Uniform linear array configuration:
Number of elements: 32
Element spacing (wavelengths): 1
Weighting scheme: hann
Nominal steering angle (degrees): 15
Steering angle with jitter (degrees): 15.724
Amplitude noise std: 0.05
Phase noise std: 0.05

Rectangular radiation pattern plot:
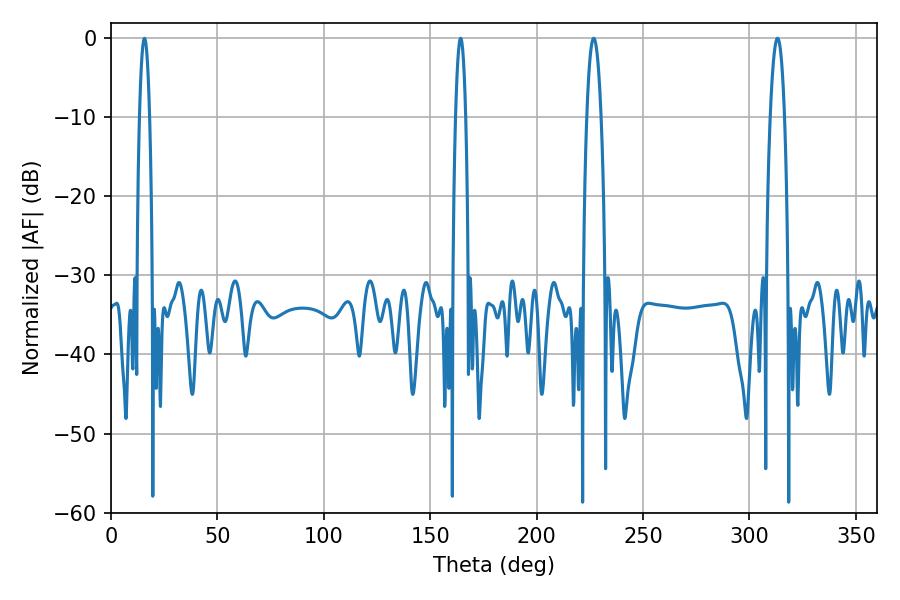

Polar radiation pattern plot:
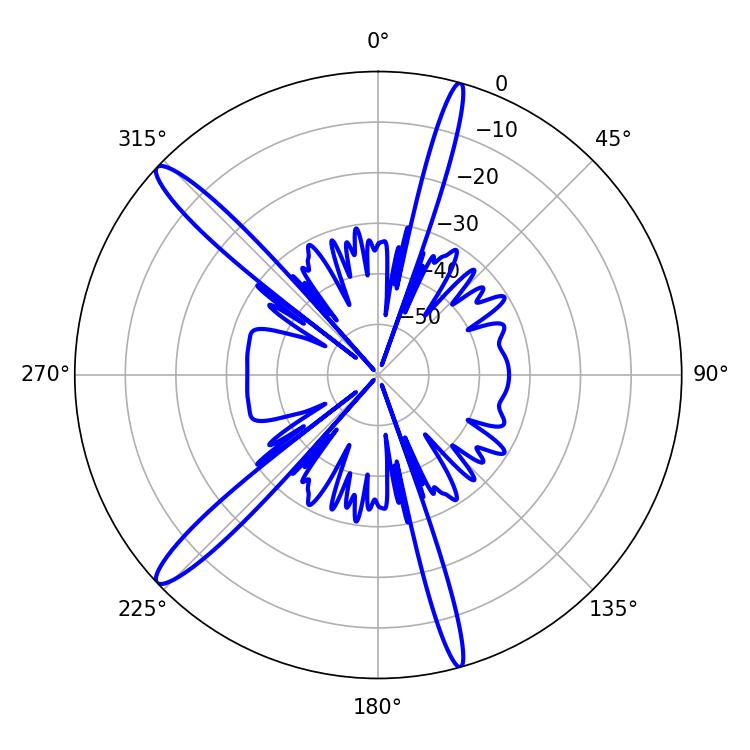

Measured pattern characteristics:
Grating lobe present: TRUE
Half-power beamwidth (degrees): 3.6
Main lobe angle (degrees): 226.8